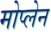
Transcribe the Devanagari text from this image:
मोप्लेन